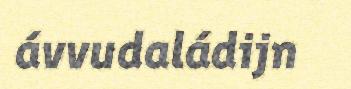
ávvudaládijn